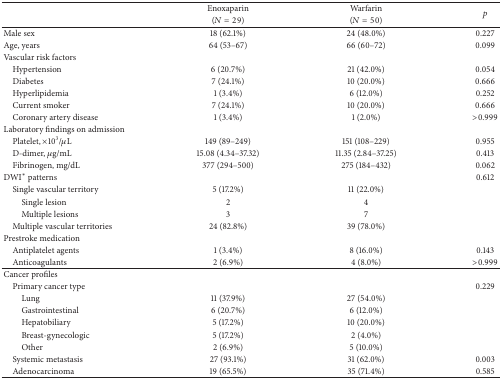
<table><thead><tr><td><b> </b></td><td><b>Enoxaparin</b></td><td><b>Warfarin</b></td><td rowspan="2"><b><i>p</i></b></td></tr><tr><td><b> </b></td><td><b>(<i>N</i> = 29)</b></td><td><b>(<i>N</i> = 50)</b></td></tr></thead><tbody><tr><td>Male sex</td><td>18 (62.1%)</td><td>24 (48.0%)</td><td>0.227</td></tr><tr><td>Age, years</td><td>64 (53–67)</td><td>66 (60–72)</td><td>0.099</td></tr><tr><td>Vascular risk factors</td><td> </td><td> </td><td> </td></tr><tr><td> Hypertension</td><td>6 (20.7%)</td><td>21 (42.0%)</td><td>0.054</td></tr><tr><td> Diabetes</td><td>7 (24.1%)</td><td>10 (20.0%)</td><td>0.666</td></tr><tr><td> Hyperlipidemia</td><td>1 (3.4%)</td><td>6 (12.0%)</td><td>0.252</td></tr><tr><td> Current smoker</td><td>7 (24.1%)</td><td>10 (20.0%)</td><td>0.666</td></tr><tr><td> Coronary artery disease</td><td>1 (3.4%)</td><td>1 (2.0%)</td><td>&gt;0.999</td></tr><tr><td>Laboratory findings on admission</td><td> </td><td> </td><td> </td></tr><tr><td> Platelet, ×10<sup>3</sup>/<i>μ</i>L</td><td>149 (89–249)</td><td>151 (108–229)</td><td>0.955</td></tr><tr><td> D-dimer, <i>μ</i>g/mL</td><td>15.08 (4.34–37.32)</td><td>11.35 (2.84–37.25)</td><td>0.413</td></tr><tr><td> Fibrinogen, mg/dL</td><td>377 (294–500)</td><td>275 (184–432)</td><td>0.062</td></tr><tr><td>DWI<sup>∗</sup> patterns</td><td> </td><td> </td><td>0.612</td></tr><tr><td> Single vascular territory</td><td>5 (17.2%)</td><td>11 (22.0%)</td><td> </td></tr><tr><td>Single lesion</td><td>2</td><td>4</td><td> </td></tr><tr><td>Multiple lesions</td><td>3</td><td>7</td><td> </td></tr><tr><td> Multiple vascular territories</td><td>24 (82.8%)</td><td>39 (78.0%)</td><td> </td></tr><tr><td>Prestroke medication</td><td> </td><td> </td><td> </td></tr><tr><td> Antiplatelet agents</td><td>1 (3.4%)</td><td>8 (16.0%)</td><td>0.143</td></tr><tr><td> Anticoagulants</td><td>2 (6.9%)</td><td>4 (8.0%)</td><td>&gt;0.999</td></tr><tr><td>Cancer profiles</td><td> </td><td> </td><td> </td></tr><tr><td> Primary cancer type</td><td> </td><td> </td><td>0.229</td></tr><tr><td>Lung</td><td>11 (37.9%)</td><td>27 (54.0%)</td><td> </td></tr><tr><td>Gastrointestinal</td><td>6 (20.7%)</td><td>6 (12.0%)</td><td> </td></tr><tr><td>Hepatobiliary</td><td>5 (17.2%)</td><td>10 (20.0%)</td><td> </td></tr><tr><td>Breast-gynecologic</td><td>5 (17.2%)</td><td>2 (4.0%)</td><td> </td></tr><tr><td>Other</td><td>2 (6.9%)</td><td>5 (10.0%)</td><td> </td></tr><tr><td> Systemic metastasis</td><td>27 (93.1%)</td><td>31 (62.0%)</td><td>0.003</td></tr><tr><td> Adenocarcinoma</td><td>19 (65.5%)</td><td>35 (71.4%)</td><td>0.585</td></tr></tbody></table>